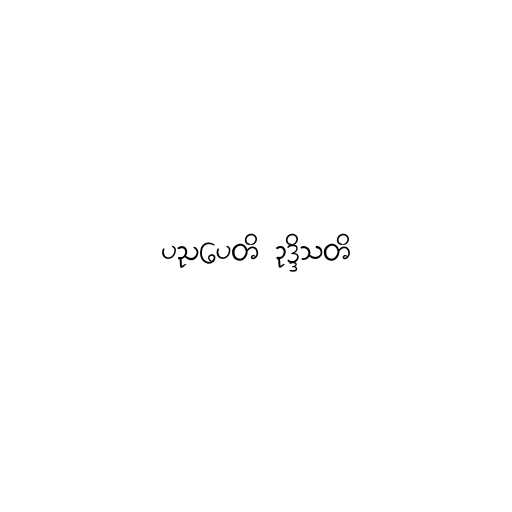
ပညပေတိ ဥဒ္ဒိသတိ